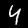
Digit: 4